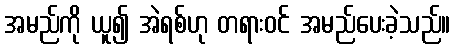
အမည်ကို ယူ၍ အဲရစ်ဟု တရားဝင် အမည်ပေးခဲ့သည်။